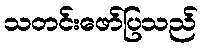
သတင်းဖော်ပြသည်